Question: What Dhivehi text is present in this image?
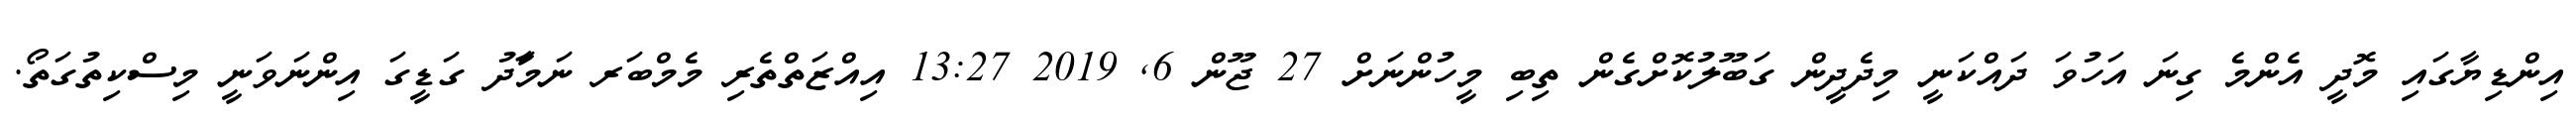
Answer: އިންޑިޔާގައި މޮދީ އެންމެ ގިނަ އަހުވަ ދައްކަނީ މިދެދީން ގަބޫލުކޮށްގެން ތިބި މީހުންނަށް 27 ޖޫން 6, 2019 13:27 އިއްޒަތްތެރި މެމްބަރ ނަމަާދު ގަޑީގަ އިންނަވަނީ މިސްކިތުގަތޯ.